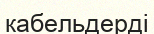
кабельдерді